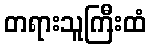
တရားသူကြီးထံ